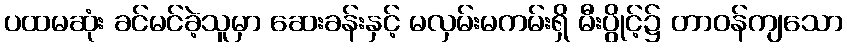
ပထမဆုံး ခင်မင်ခဲ့သူမှာ ဆေးခန်းနှင့် မလှမ်းမကမ်းရှိ မီးပွိုင့်၌ တာဝန်ကျသော